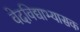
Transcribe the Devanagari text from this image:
वेदविद्याभ्यासक